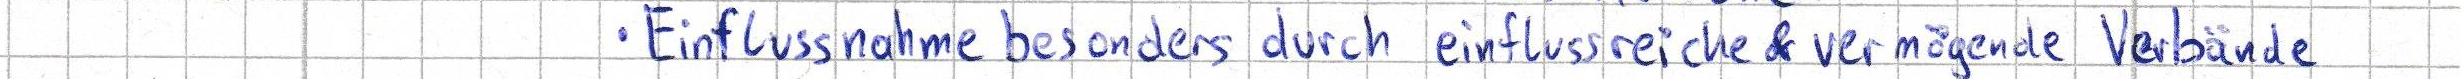
Einflussnahme besonders durch einflussreiche & vermögende Verbände